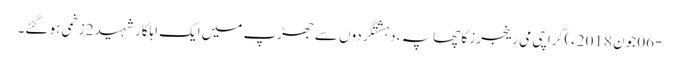
-06 جون 2018ء) کراچی می رینجرز کا چھاپہ ، دہشتگردوں سے جھڑپ میں ایک اہلکار شہید 2 زخمی ہو گئے۔